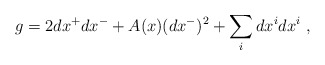
\begin{align*} g = 2 dx^+ dx^- + A(x) (dx^-)^2 + \sum_i dx^i dx^i~,\end{align*}